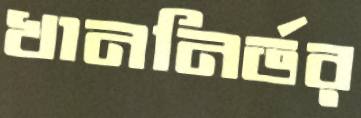
খাননির্ভর